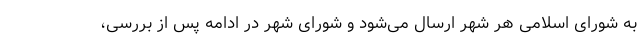
به شورای اسلامی هر شهر ارسال می‌شود و شورای شهر در ادامه پس از بررسی،